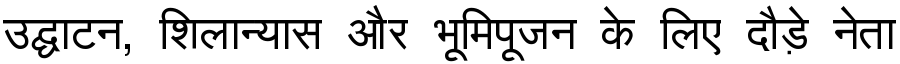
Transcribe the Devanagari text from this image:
उद्घाटन, शिलान्यास और भूमिपूजन के लिए दौड़े नेता